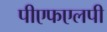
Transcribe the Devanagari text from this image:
पीएफएलपी